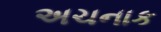
અચનાક